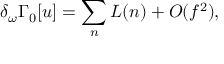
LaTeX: \delta _ { \omega } \Gamma _ { 0 } [ u ] = \sum _ { n } L ( n ) + O ( f ^ { 2 } ) ,